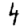
Digit: 4